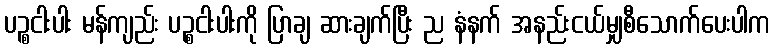
ပဉ္စငါးပါး မန်ကျည်း ပဉ္စငါးပါးကို ပြာချ ဆားချက်ပြီး ည နံနက် အနည်းငယ်မျှစီသောက်ပေးပါက